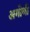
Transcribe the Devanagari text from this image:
अगोणी